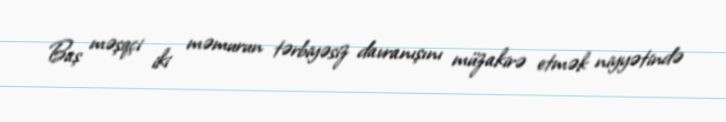
Baş məşqçi iki məmurun tərbiyəsiz davranışını müzakirə etmək niyyətində